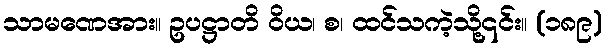
သာမဏေအား။ ဥပဋ္ဌာတိ ဝိယ၊ စ၊ ထင်သကဲ့သို့၎င်း။ (၁၈၉)